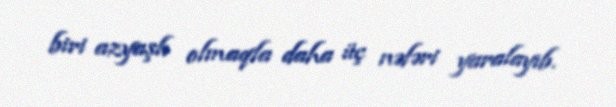
biri azyaşlı olmaqla daha üç nəfəri yaralayıb.